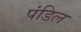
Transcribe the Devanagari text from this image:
पंडिल